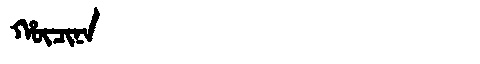
Manchu: ᡥᡡᠴᡳᠨᠠ
Romanization: HŪCINA